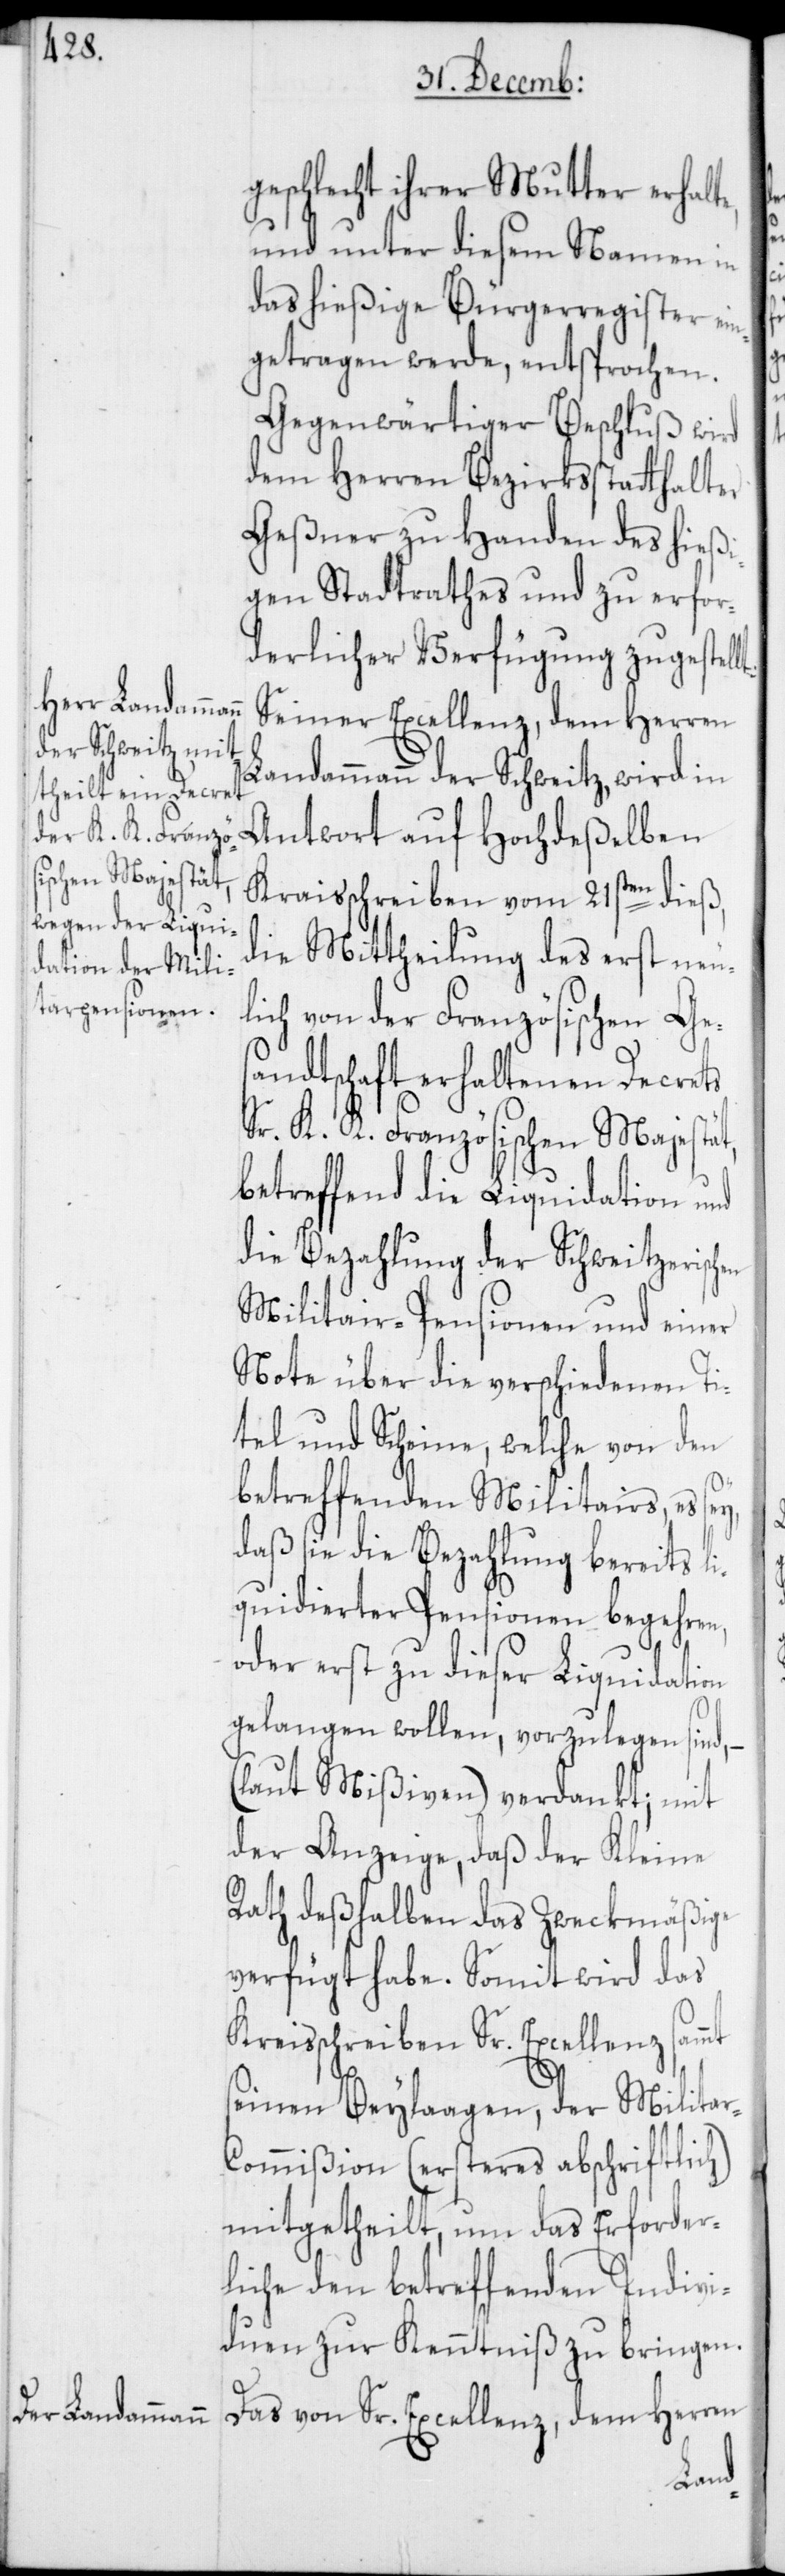
geschlecht ihrer Mutter erhalt¬
und unter diesem Namen in
das hießige Bürgerregister ein¬
getragen werde, entsprochen.
Gegenwärtiger Beschluß wird
dem Herren Bezirksstatthalter
Geßner zu Handen des hießi¬
gen Stadtrathes und zu erfor¬
derliche Verfügung zugestell¬
Seiner Excellenz, dem Herren
Landammann der Schweitz, wird in
Antwort auf Hochdeßelben
Kraisschreiben vom 21sten dieß,
die Mittheilung des erst neul¬
ich von der Französischen Ges¬
andtschaft erhaltenen Decrets
Sr. K. K. Französischen Majestät,
betreffend die Liquidation und
die Bezahlung der Schweitzerisch¬
Militair-Pensionen und einer
Note über die verschiedenen Ti¬
tel und Scheine, welche von den
betreffenden Militairs, es sey,
daß sie die Bezahlung bereits li¬
quidierter Pensionen begehren,
oder erst zu dieser Liquidation
gelangen wollen, vorzulegen sind,
(laut Mißiven) verdankt; mit
der Anzeige, daß der Kleine
Rath deßhalben das Zweckmäßige
verfügt habe. Somit wird das
Kreisschreiben Sr. Excellenz sammt
seinen Beylaagen, der Milita¬
ommißion (ersteres abschriftlich)
mitgetheilt, um das Erforder¬
liche den betreffenden Indivi¬
duen zur Kenntniß zu bringen.
Das von Sr. Excellenz, dem Herren
r-C¬